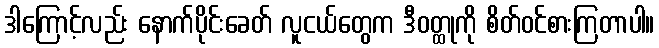
ဒါကြောင့်လည်း နောက်ပိုင်းခေတ် လူငယ်တွေက ဒီဝတ္ထုကို စိတ်ဝင်စားကြတာပါ။